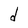
Character: d